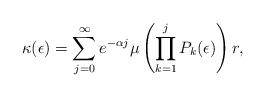
LaTeX: \begin{align*}\kappa(\epsilon) = \sum_{j=0}^{\infty}e^{-\alpha j}\mu \left(\prod_{k=1}^{j}P_k(\epsilon)\right) r,\end{align*}